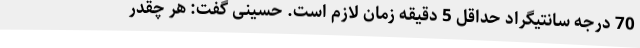
70 درجه سانتیگراد حداقل 5 دقیقه زمان لازم است. حسینی گفت: هر چقدر